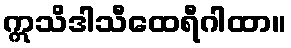
ဣသိဒါသီထေရီဂါထာ။